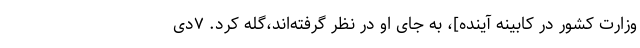
وزارت کشور در کابینه آینده]، به جای او در نظر گرفته‌اند،گله کرد. ۷دی